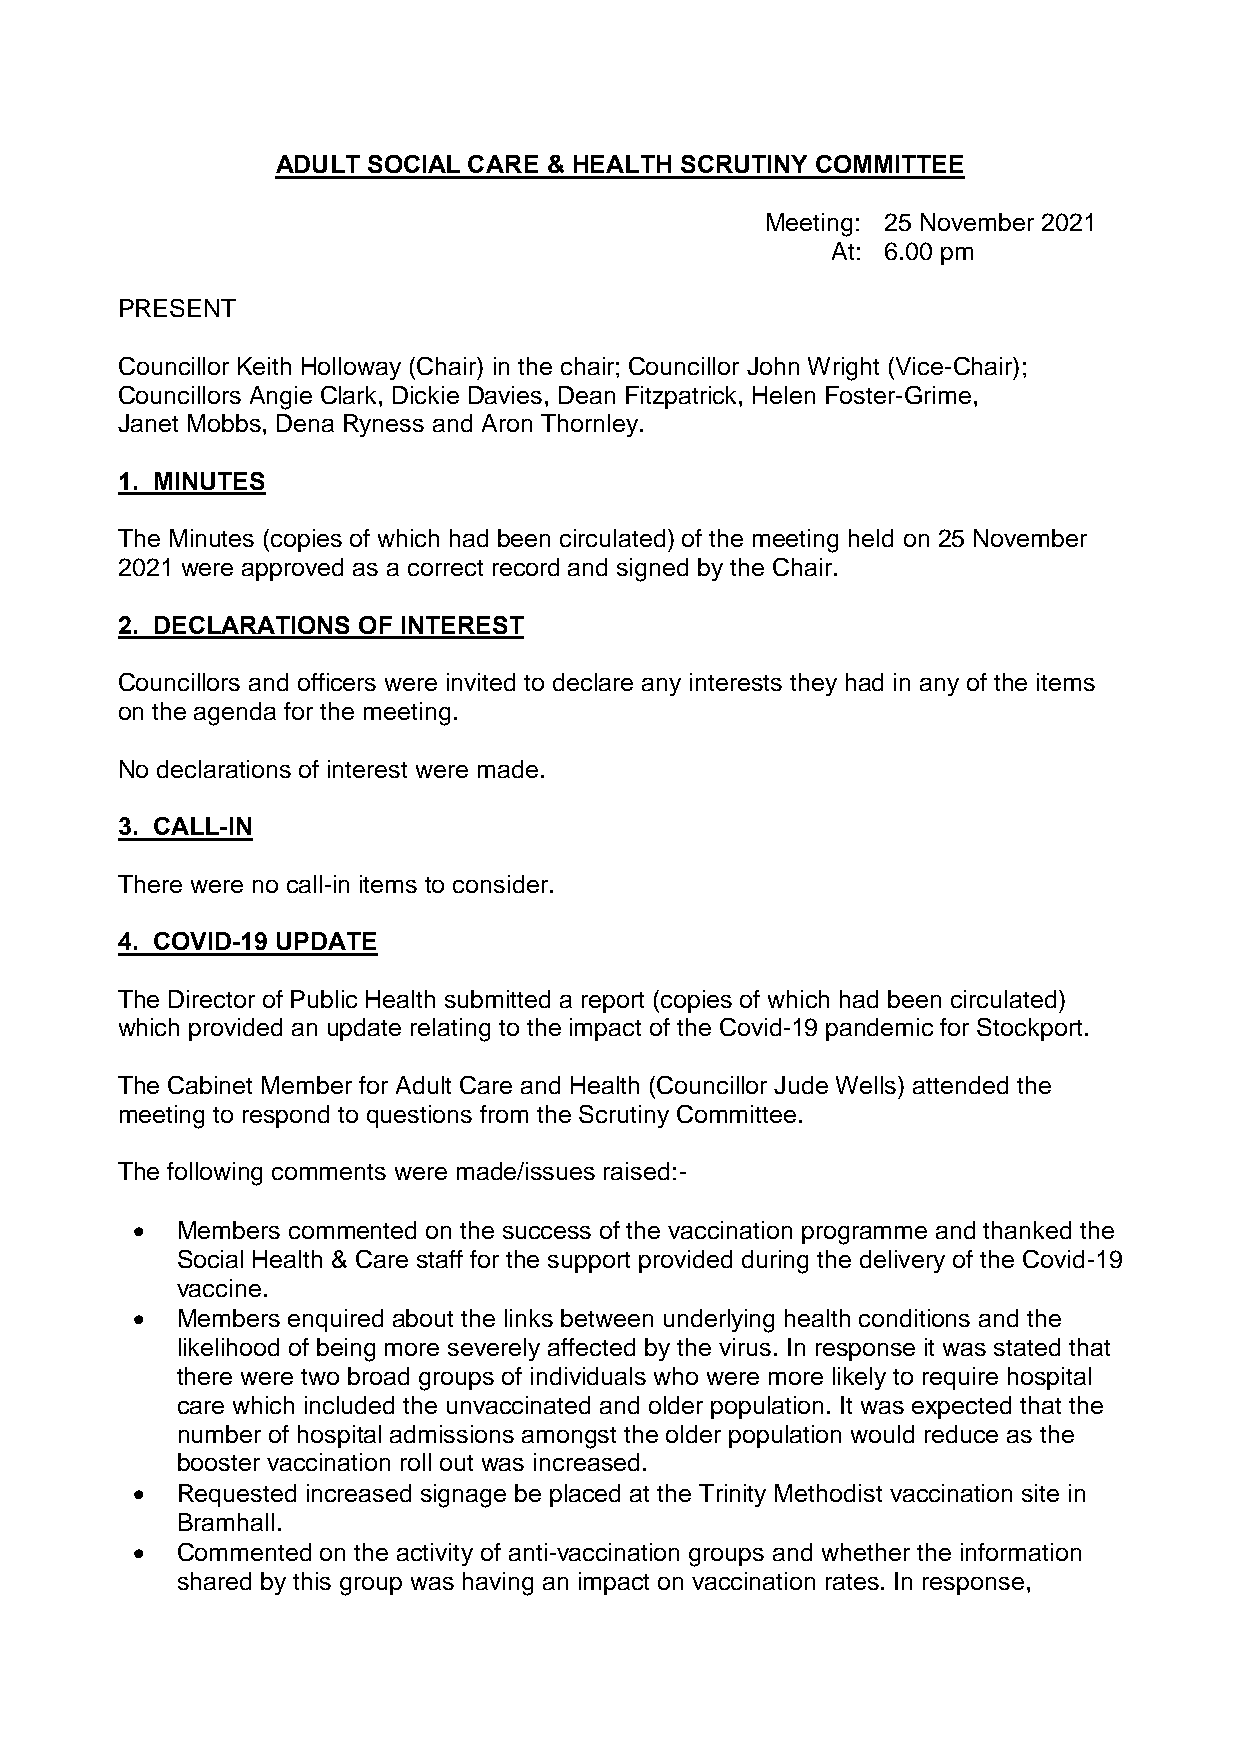
ADULT SOCIAL CARE & HEALTH SCRUTINY COMMITTEE
 Meeting: 25 November 2021
 At: 6.00 pm
 PRESENT
 Councillor Keith Holloway (Chair) in the chair; Councillor John Wright (Vice-Chair);
 Councillors Angie Clark, Dickie Davies, Dean Fitzpatrick, Helen Foster-Grime,
 Janet Mobbs, Dena Ryness and Aron Thornley.
 1. MINUTES
 The Minutes (copies of which had been circulated) of the meeting held on 25 November
 2021 were approved as a correct record and signed by the Chair.
 2. DECLARATIONS OF INTEREST
 Councillors and officers were invited to declare any interests they had in any of the items
 on the agenda for the meeting.
 No declarations of interest were made.
 3. CALL-IN
 There were no call-in items to consider.
 4. COVID-19 UPDATE
 The Director of Public Health submitted a report (copies of which had been circulated)
 which provided an update relating to the impact of the Covid-19 pandemic for Stockport.
 The Cabinet Member for Adult Care and Health (Councillor Jude Wells) attended the
 meeting to respond to questions from the Scrutiny Committee.
 The following comments were made/issues raised:-
   Members commented on the success of the vaccination programme and thanked the
 Social Health & Care staff for the support provided during the delivery of the Covid-19
 vaccine.
   Members enquired about the links between underlying health conditions and the
 likelihood of being more severely affected by the virus. In response it was stated that
 there were two broad groups of individuals who were more likely to require hospital
 care which included the unvaccinated and older population. It was expected that the
 number of hospital admissions amongst the older population would reduce as the
 booster vaccination roll out was increased.
   Requested increased signage be placed at the Trinity Methodist vaccination site in
 Bramhall.
   Commented on the activity of anti-vaccination groups and whether the information
 shared by this group was having an impact on vaccination rates. In response,